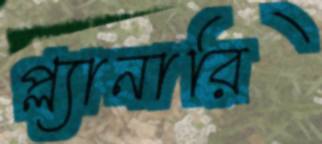
প্ল্যানারি